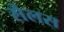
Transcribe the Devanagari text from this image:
सैलस